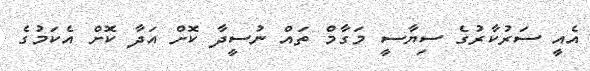
އެއީ ސަރުކާރުގެ ސިޔާސީ މަގާމް ތައް ނުސީދާ ކޮށް އަދާ ކޮށް އެކަމުގެ